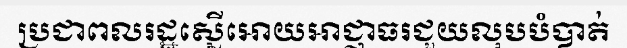
ប្រជាពលរដ្ឋស្នើអោយអាជ្ញាធរជួយលុបបំបាត់